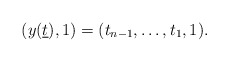
\begin{align*}(y(\underline{t}),1)=(t_{n-1},\ldots,t_1,1).\end{align*}